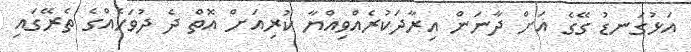
އަޅުގަނޑު ގޭގެ އަށް ދާނަން އިރާދަކުރެއްވިއްޔާ ކުރިއަށް އޮތް ދެ ދުވަހެއްގެ ތެރޭގައި